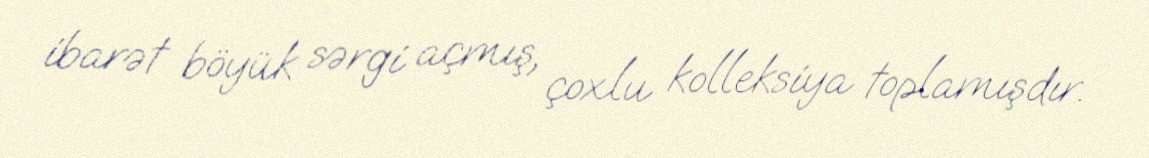
ibarət böyük sərgi açmış, çoxlu kolleksiya toplamışdır.